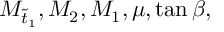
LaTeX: M _ { \tilde { t } _ { 1 } } , M _ { 2 } , M _ { 1 } , \mu , \tan \beta ,